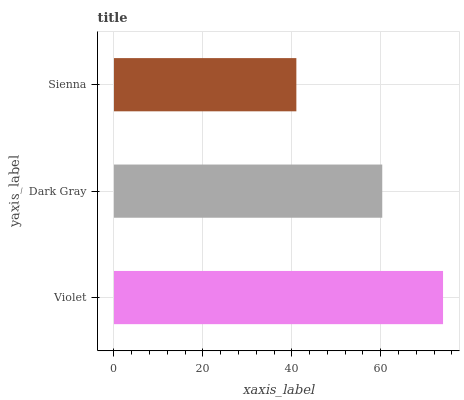
| yaxis_label | bars |
 | --- | --- |
 | Violet | 74 |
 | Dark Gray | 60.3 |
 | Sienna | 41 |